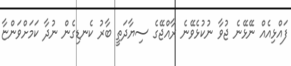
ފައްޅިއެއް ނޭޅޭނެ ޖުވާ ނުކުޅެވޭނެ ރާއްޖޭގެ ސިޔާދަތީ ބާރު ކެނޑިގެން ނުދާ ކަމަށްވަންޏާ